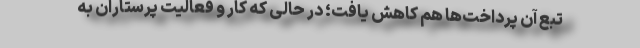
تبع آن پرداخت‌ها هم کاهش یافت؛ در حالی که کار و فعالیت پرستاران به